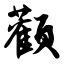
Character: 颧